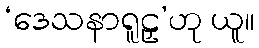
‘ဒေသနာရူဠှ’ဟု ယူ။